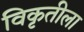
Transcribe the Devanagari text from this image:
विकृतीला